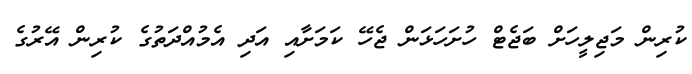
ކުރިން މަޖިލީހަށް ބަޖެޓް ހުށަހަޅަން ޖެހޭ ކަމަށާއި އަދި އެމުއްދަތުގެ ކުރިން އޭރުގެ